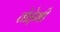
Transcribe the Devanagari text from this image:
तोड़ेगी